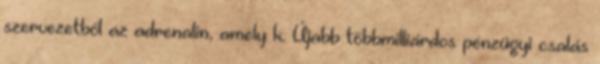
szervezetből az adrenalin, amely k. Újabb többmilliárdos pénzügyi csalás